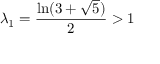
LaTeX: \lambda _ { 1 } = { \frac { \ln ( 3 + { \sqrt { 5 } } ) } { 2 } } > 1